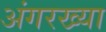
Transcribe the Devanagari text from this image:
अंगरख्या